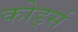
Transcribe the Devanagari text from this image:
कोर्ड्स